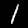
Digit: 1